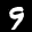
Label: 9